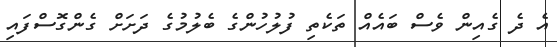
އެ ދެ ގެއިން ވެސް ބައެއް ތަކެތި ފުލުހުންގެ ބެލުމުގެ ދަށަށް ގެންގޮސްފައި